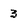
Character: 3